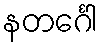
နတင်္ဂေါ